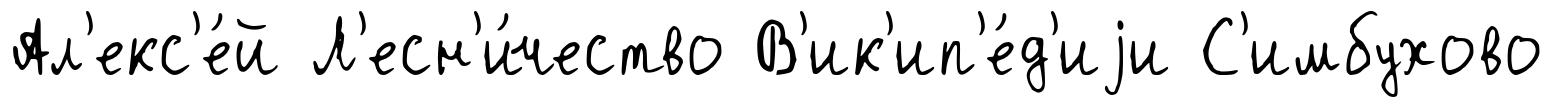
Ал'екс'е́й Л'есн'и́чество В'ик'ип'е́д'иjи С'имбухово